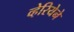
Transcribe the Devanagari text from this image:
व्हेरियेने